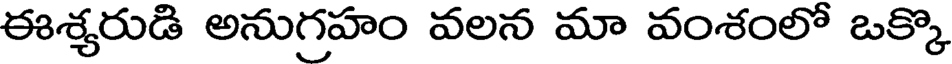
ఈశ్యరుడి అనుగ్రహం వలన మా వంశంలో ఒక్కొ